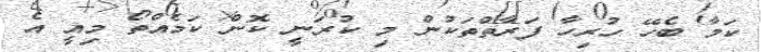
ކަމާ ބެހޭ ހުރިހާ ފަރާތްތަކުން މި ކުރަނީ ކޮން ކަމެއްތޯ މިއީ އެ